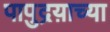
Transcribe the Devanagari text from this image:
पापुद्रय़ाच्या